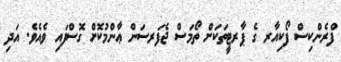
ފްރެންކިސް ފޯކިއާރ ގެ ޕާރޓީތަކަށް ތޯމަސް ޖެފަރސަން ޢާންމުކޮށް ގޮސްފައި ވެއެވެ. އަދި